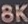
8K